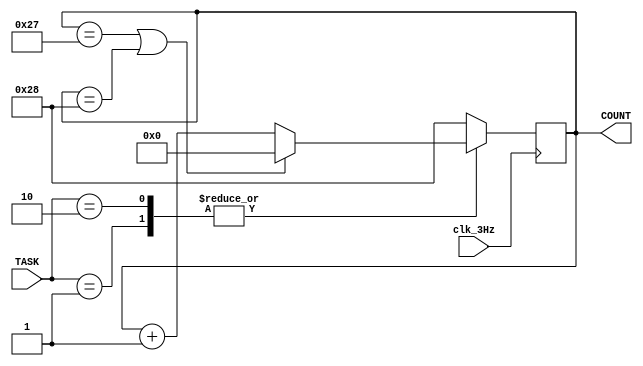
`timescale 1ns / 1ps
//////////////////////////////////////////////////////////////////////////////////
// Company: 
// Engineer: 
// 
// Design Name: 
// Module Name: seven_segment_counter
// Project Name: 
// Target Devices: 
// Tool Versions: 
// Description: 
// 
// Dependencies: 
// 
// Revision:
// Revision 0.01 - File Created
// Additional Comments:
// 
//////////////////////////////////////////////////////////////////////////////////


module seven_segment_counter(
    input clk_3Hz,
    input [1:0] TASK,
    output reg [5:0] COUNT
    );
    
    initial
    begin
        COUNT = 0;
    end
    
    always @ (posedge clk_3Hz)
    begin
        case (TASK)
            2'b01:
                begin
                    COUNT <= (COUNT == 6'b100111 || COUNT == 6'b101000) ? 0 : COUNT + 1;
                end
            2'b10:
                begin
                    COUNT <= (COUNT == 6'b100111 || COUNT == 6'b101000) ? 0 : COUNT + 1;
                end
            default: COUNT <= 6'b101000;
        endcase
    end
endmodule